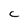
Character: C